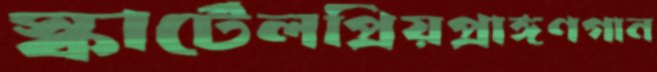
স্কার্টেলপ্রিয়প্রাঙ্গণগান